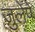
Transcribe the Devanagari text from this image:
जुलेपे